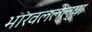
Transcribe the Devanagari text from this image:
भारवललेल्या